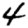
Digit: 4